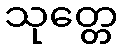
သုတ္တေ